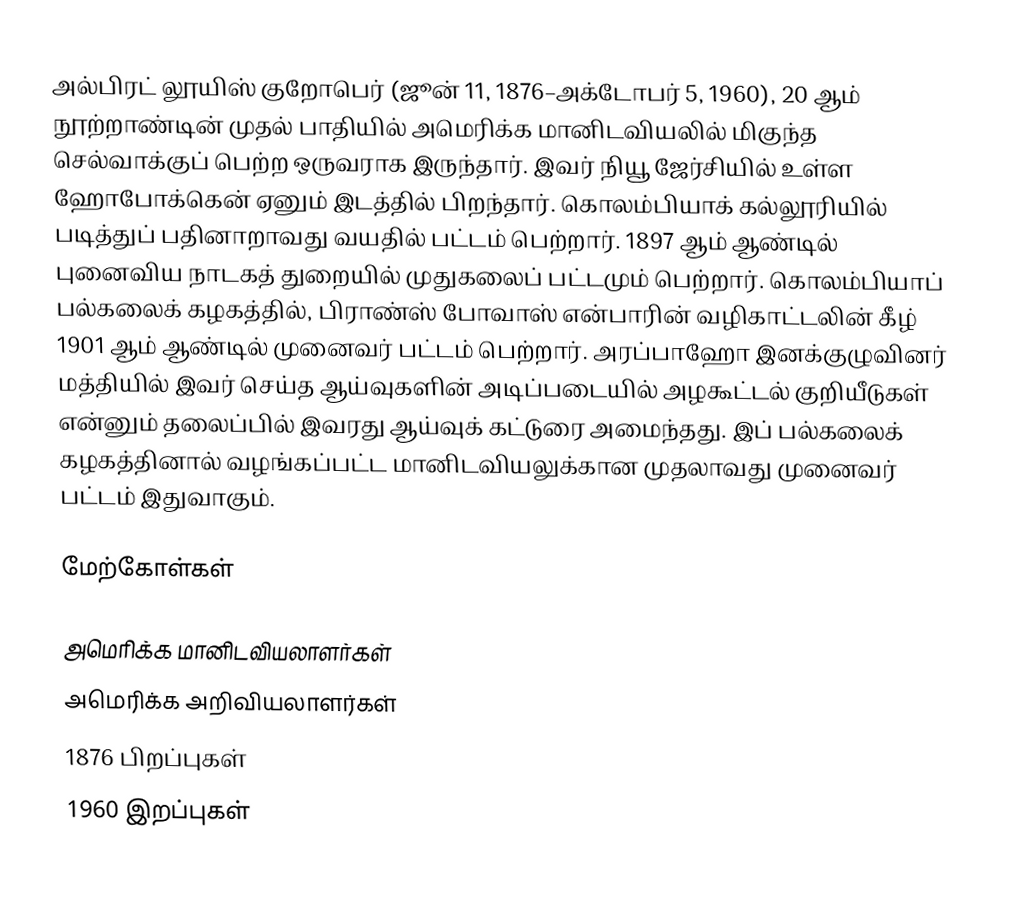
அல்பிரட் லூயிஸ் குறோபெர் (ஜூன் 11, 1876–அக்டோபர் 5, 1960), 20 ஆம் நூற்றாண்டின் முதல் பாதியில் அமெரிக்க மானிடவியலில் மிகுந்த செல்வாக்குப் பெற்ற ஒருவராக இருந்தார். இவர் நியூ ஜேர்சியில் உள்ள ஹோபோக்கென் ஏனும் இடத்தில் பிறந்தார். கொலம்பியாக் கல்லூரியில் படித்துப் பதினாறாவது வயதில் பட்டம் பெற்றார். 1897 ஆம் ஆண்டில் புனைவிய நாடகத் துறையில் முதுகலைப் பட்டமும் பெற்றார். கொலம்பியாப் பல்கலைக் கழகத்தில், பிராண்ஸ் போவாஸ் என்பாரின் வழிகாட்டலின் கீழ் 1901 ஆம் ஆண்டில் முனைவர் பட்டம் பெற்றார். அரப்பாஹோ இனக்குழுவினர் மத்தியில் இவர் செய்த ஆய்வுகளின் அடிப்படையில் அழகூட்டல் குறியீடுகள் என்னும் தலைப்பில் இவரது ஆய்வுக் கட்டுரை அமைந்தது. இப் பல்கலைக் கழகத்தினால் வழங்கப்பட்ட மானிடவியலுக்கான முதலாவது முனைவர் பட்டம் இதுவாகும்.

மேற்கோள்கள்

அமெரிக்க மானிடவியலாளர்கள்
அமெரிக்க அறிவியலாளர்கள்
1876 பிறப்புகள்
1960 இறப்புகள்